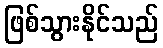
ဖြစ်သွားနိုင်သည်